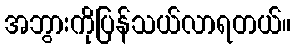
အဘွားကိုပြန်သယ်လာရတယ်။